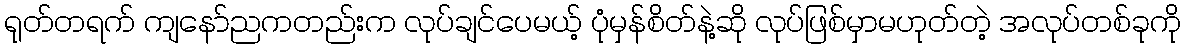
ရုတ်တရက် ကျနော်ညကတည်းက လုပ်ချင်ပေမယ့် ပုံမှန်စိတ်နဲ့ဆို လုပ်ဖြစ်မှာမဟုတ်တဲ့ အလုပ်တစ်ခုကို